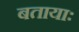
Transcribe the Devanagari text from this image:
बतायाः